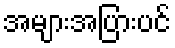
အများအပြားပင်